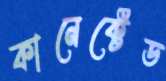
কানেক্টেড